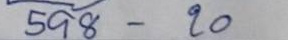
598 - 20